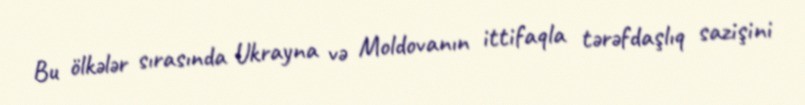
Bu ölkələr sırasında Ukrayna və Moldovanın ittifaqla tərəfdaşlıq sazişini